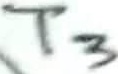
Text: T3